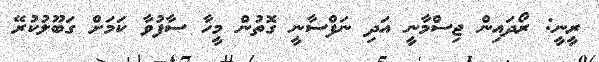
ރީނީ: ރޯދައިން ޖިސްމާނީ އަދި ނަފްސާނީ ގޮތުން މީހާ ސާފުވާ ކަމަށް ގަބޫލުކުރޭ